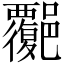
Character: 𧠅